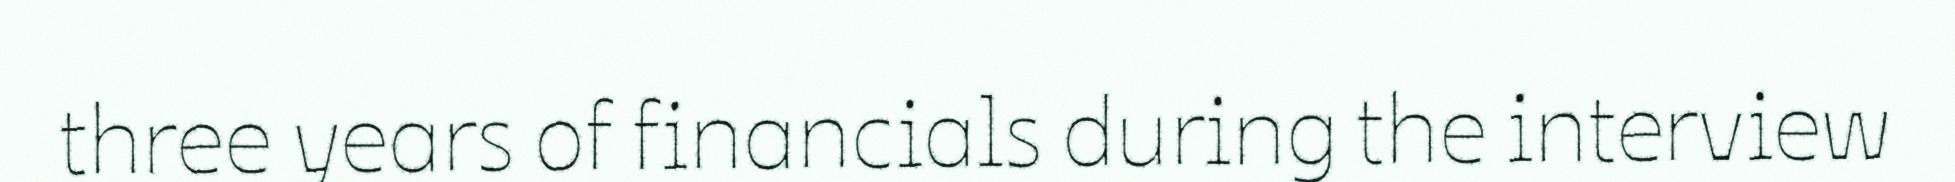
three years of financials during the interview